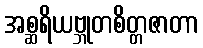
အစ္ဆရိယဗ္ဘုတစိတ္တဇာတာ